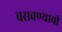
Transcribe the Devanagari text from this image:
बसवण्याची